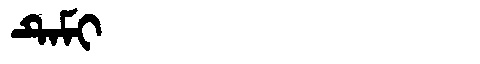
Manchu: ᡨᡝᠮᡳ
Romanization: TEMI